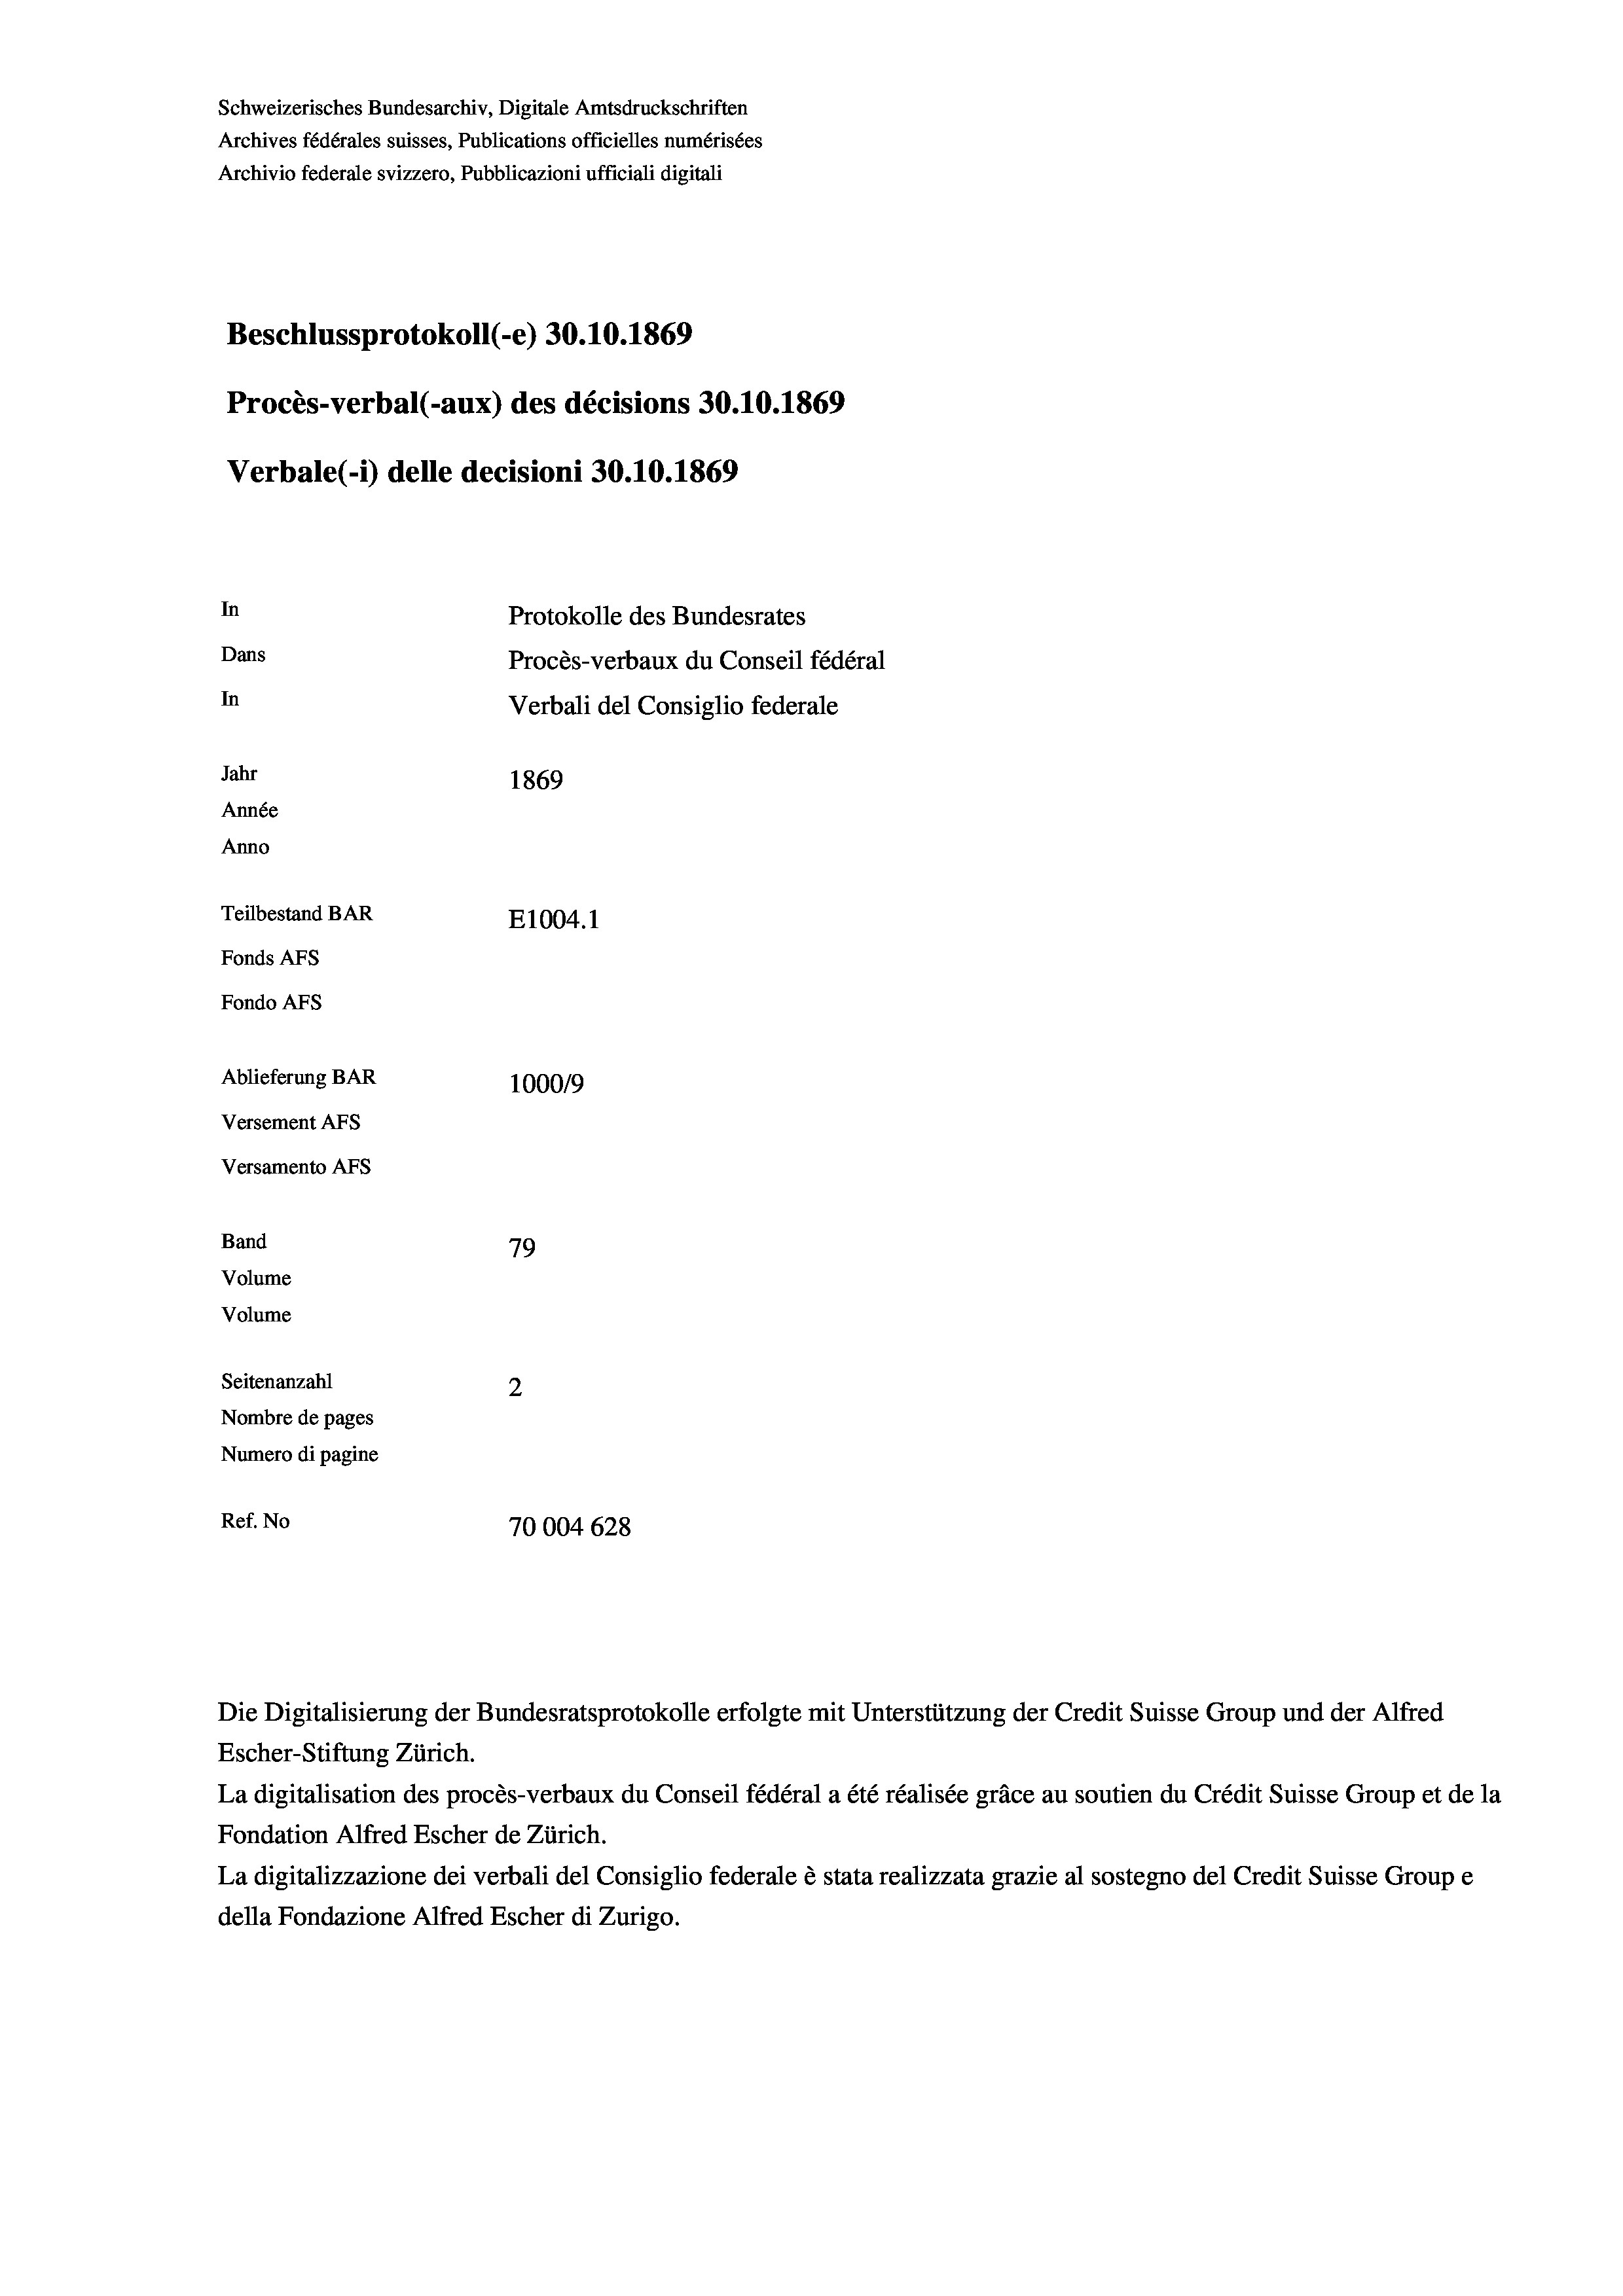
Schweizerisches Bundesarchiv, Digitale Amtsdruckschriften
Archives fédérales suisses, Publications officielles numérisées
Archivio federale svizzero, Pubblicazioni ufficiali digitali
Beschlussprotokoll (-e) 30.10.1869
Procès-verbal (-aux) des décisions 30.10.1869
Verbale (1) delle decisioni 30.10.1869
In
Protokolle des Bundesrates
Dans
Procès-verbaux du Conseil fédéral
In
Verbali del Consiglio federale
Jahr
1869
Année
Anno
Teilbestand BAR
E1004. 1
Fonds AFs
Fondo Afs
Ablieferung BAR
1000/9
Versement AFS
Versamento Afs
Band
79

Volume
Seitenanzahl
2
Nombre de pages
Numero di pagine
Ref. No
70004 628

Volume

Escher-Stiftung Zürich.
La digitalisation des procès-verbaux du Conseil fédéral a été réalisée gräce au soutien du Crédit Suisse Group et de la
Fondation Alfred Escher de Zürich.
La digitalizzazione dei verbali del Consiglio federale è stata realizzata grazie al sostegno del Credit Suisse Groupe
della Fondazione Alfred Escher di Zurigo.

Die Digitalisierung der Bundesratsprotokolle erfolgte mit Unterstützung der Credit Suisse Group und der Alfred